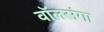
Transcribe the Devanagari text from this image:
वॉलसंगा